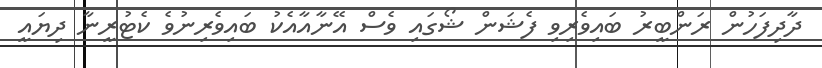
ދާދިފަހުން ރަންބީރު ބައިވެރިވި ފެޝަން ޝޯގައި ވެސް އޭނާއާއެކު ބައިވެރިނުވެ ކެޓުރީނާ ދިޔައީ